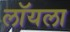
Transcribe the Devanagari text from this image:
लॉयला